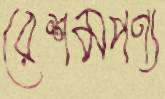
রেশমপণ্য